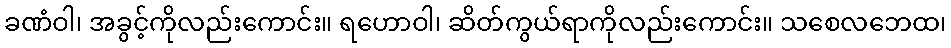
ခဏံဝါ၊ အခွင့်ကိုလည်းကောင်း။ ရဟောဝါ၊ ဆိတ်ကွယ်ရာကိုလည်းကောင်း။ သစေလဘေထ၊